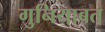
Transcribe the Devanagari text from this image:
गुनियाबत